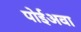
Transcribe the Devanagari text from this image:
पोईअवा